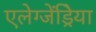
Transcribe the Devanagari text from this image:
एलेग्जेंड्रेिया